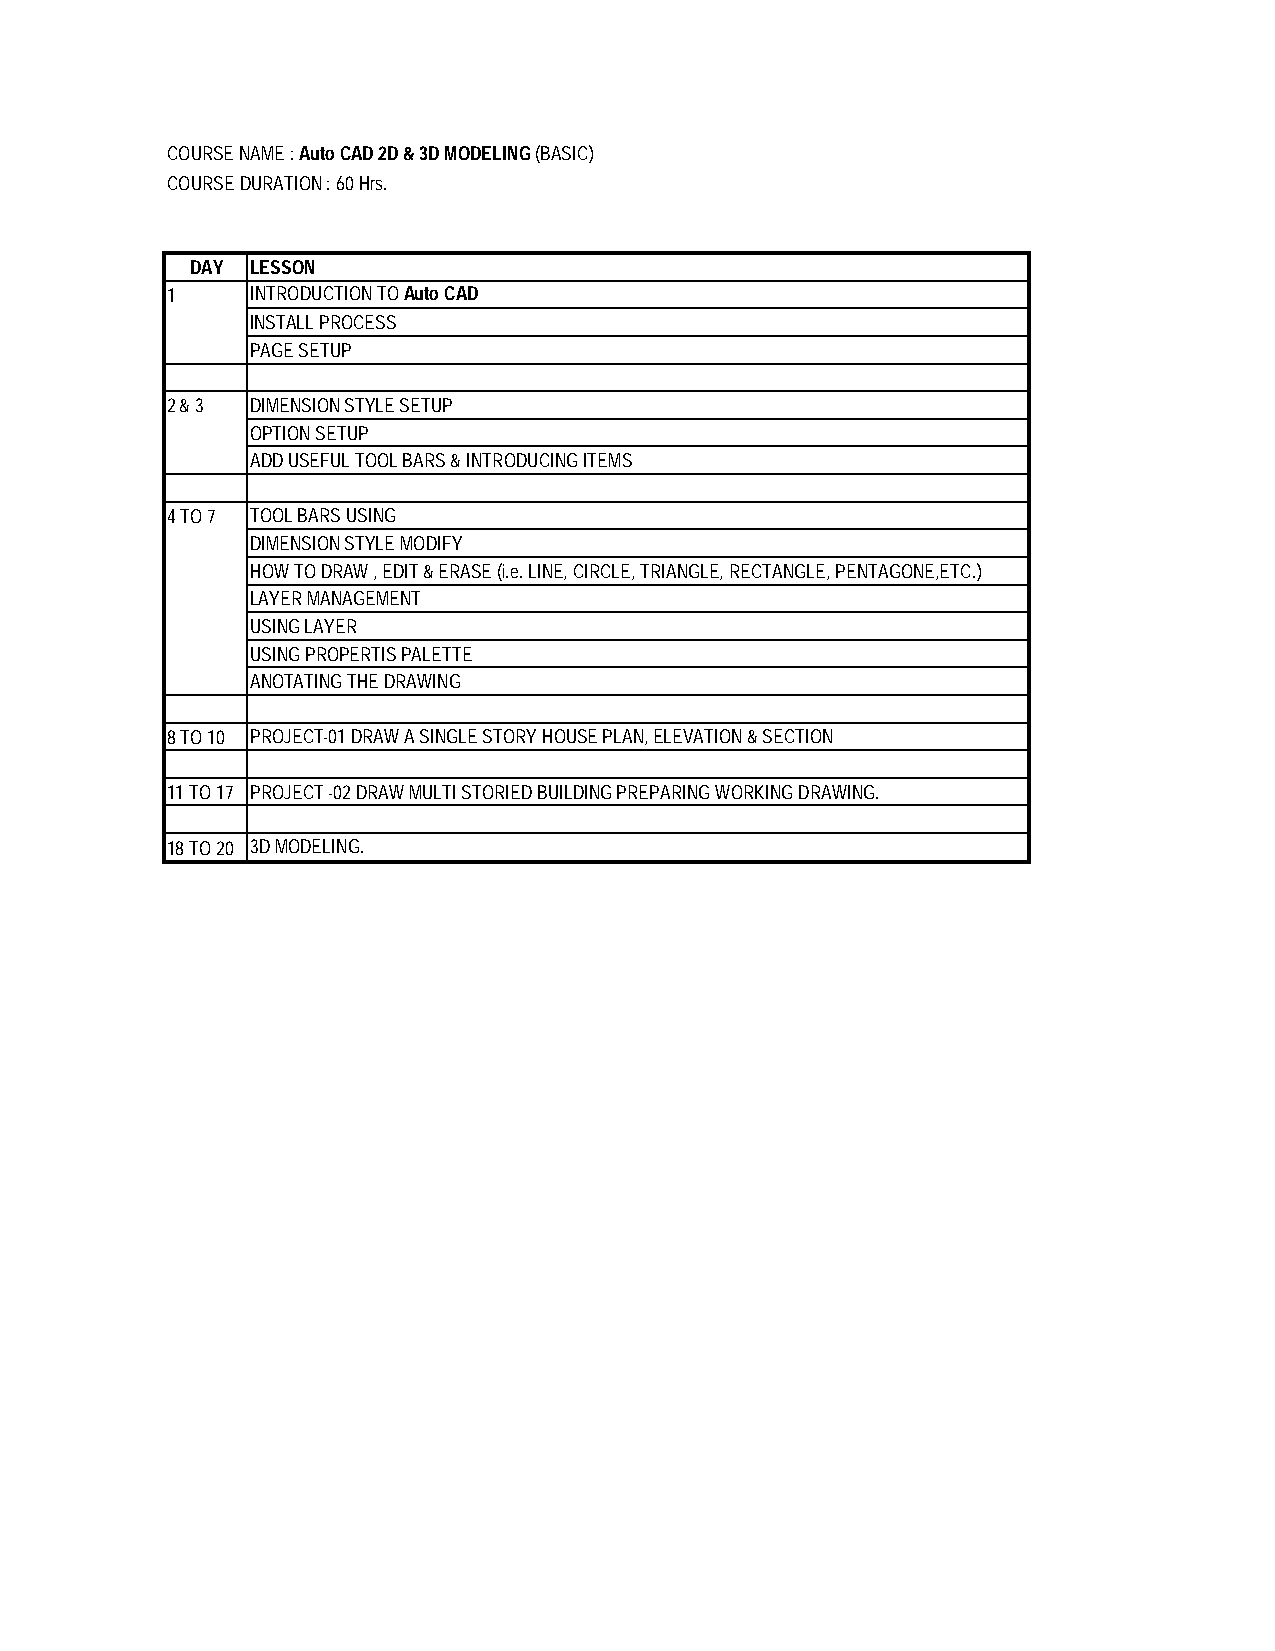
COURSE NAME : Auto CAD 2D & 3D MODELING (BASIC)
 COURSE DURATION : 60 Hrs.
 DAY LESSON
 1     INTRODUCTION TO Auto CAD
 INSTALL PROCESS
 PAGE SETUP
 2 & 3 DIMENSION STYLE SETUP
 OPTION SETUP
 ADD USEFUL TOOL BARS & INTRODUCING ITEMS
 4 TO 7 TOOL BARS USING
 DIMENSION STYLE MODIFY
 HOW TO DRAW , EDIT & ERASE (i.e. LINE, CIRCLE, TRIANGLE, RECTANGLE, PENTAGONE,ETC.)
 LAYER MANAGEMENT
 USING LAYER
 USING PROPERTIS PALETTE
 ANOTATING THE DRAWING
 8 TO 10 PROJECT-01 DRAW A SINGLE STORY HOUSE PLAN, ELEVATION & SECTION
 11 TO 17 PROJECT -02 DRAW MULTI STORIED BUILDING PREPARING WORKING DRAWING.
 18 TO 20 3D MODELING.